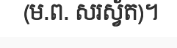
(ម.ព. សរស្វ័ត)។